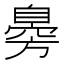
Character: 臱